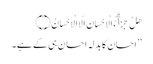
هَلْ جَزَاۗءُ الْاِحْسَانِ اِلَّا الْاِحْسَانُ ۝
’’ احسان کا بدلہ احسان ہی کے ہے۔